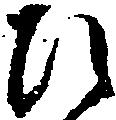
ひ